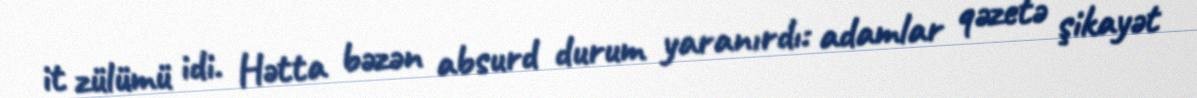
it zülümü idi. Hətta bəzən absurd durum yaranırdı: adamlar qəzetə şikayət